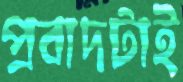
প্রবাদটাই